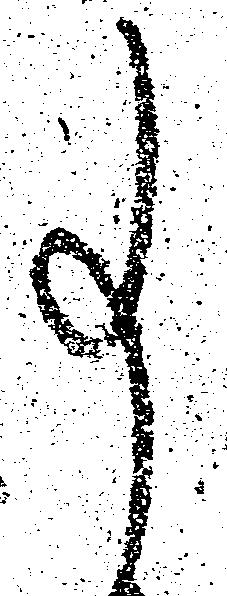
事